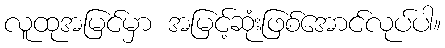
လူထုအမြင်မှာ အမြင့်ဆုံးဖြစ်အောင်လုပ်ပါ။